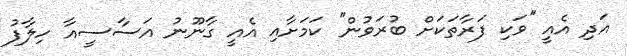
އަދި އެއީ ''ވަކި ފަރާތަކަށް ބުރަވުން'' ކަމަށާއި އެއީ ގާނޫނު އަސާސީއާ ހިލާފު